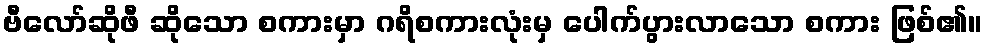
ဗီလော်ဆိုဖီ ဆိုသော စကားမှာ ဂရိစကားလုံးမှ ပေါက်ပွားလာသော စကား ဖြစ်၏။